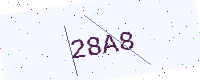
Text: 28A8